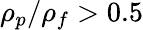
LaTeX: \rho_{p}/\rho_{f}>0.5